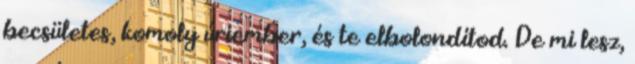
becsületes, komoly úriember, és te elbolondítod. De mi lesz,